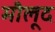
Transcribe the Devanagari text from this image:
मौलूद